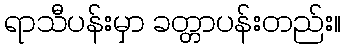
ရာသီပန်းမှာ ခတ္တာပန်းတည်း။